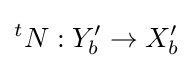
{}^{t}N:Y'_{b}\to X'_{b}